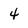
Character: 4